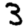
Digit: 3